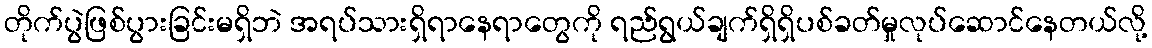
တိုက်ပွဲဖြစ်ပွားခြင်းမရှိဘဲ အရပ်သားရှိရာနေရာတွေကို ရည်ရွယ်ချက်ရှိရှိပစ်ခတ်မှုလုပ်ဆောင်နေတယ်လို့